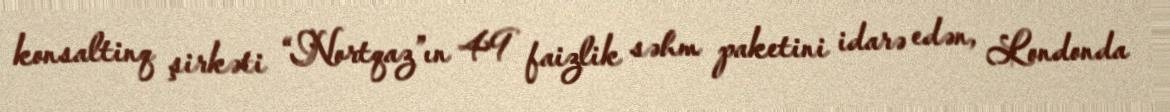
konsaltinq şirkəti “Nortqaz”ın 49 faizlik səhm paketini idarə edən, Londonda